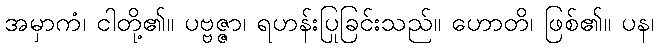
အမှာကံ၊ ငါတို့၏။ ပဗ္ဗဇ္ဇာ၊ ရဟန်းပြုခြင်းသည်။ ဟောတိ၊ ဖြစ်၏။ ပန၊